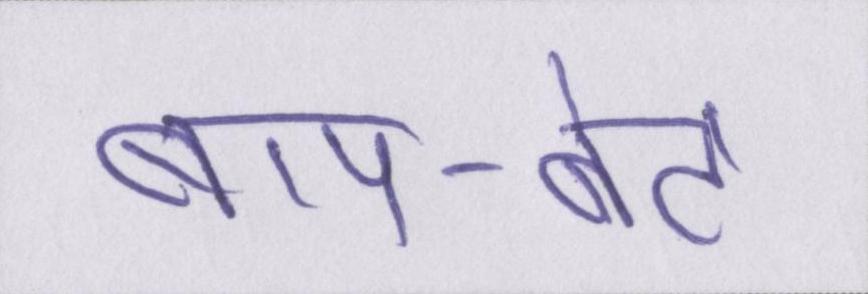
बाप-बेटे